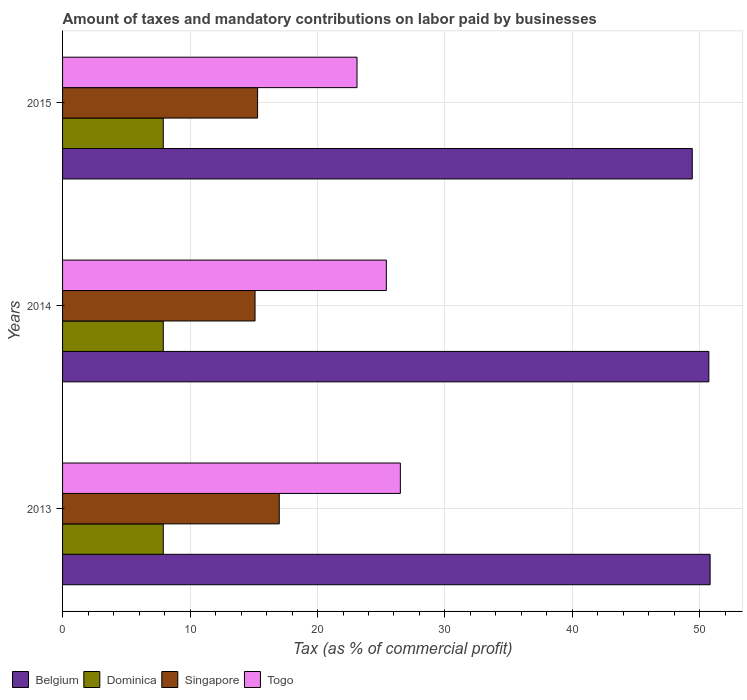
| Years | Belgium | Dominica | Singapore | Togo |
 | --- | --- | --- | --- | --- |
 | 2013 | 50.8 | 7.9 | 17 | 26.5 |
 | 2014 | 50.7 | 7.9 | 15.1 | 25.4 |
 | 2015 | 49.4 | 7.9 | 15.3 | 23.1 |